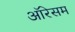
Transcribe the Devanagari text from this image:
ऑरेसम